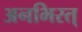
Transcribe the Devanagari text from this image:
अनभिरत्